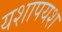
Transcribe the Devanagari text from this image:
यशापयश